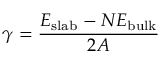
\gamma = { \frac { E _ { \mathrm { s l a b } } - N E _ { \mathrm { b u l k } } } { 2 A } }